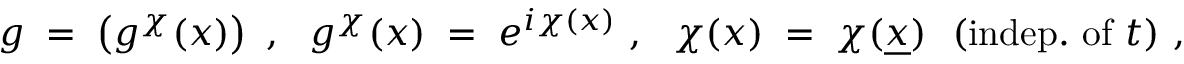
g \; = \; \left( g ^ { \chi } ( x ) \right) ~ , ~ ~ g ^ { \chi } ( x ) \; = \; e ^ { i \chi ( x ) } ~ , ~ ~ \chi ( x ) \; = \; \chi ( \underline { { { x } } } ) ~ ~ ( \mathrm { i n d e p . ~ o f ~ } t ) ~ ,